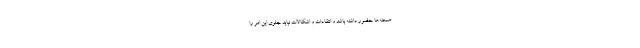
صحنه‌ها حضور داشته باشد و انتقادات و اشکالات نباید جلوی این امر را